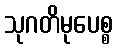
သုဂတိမုပေစ္စ